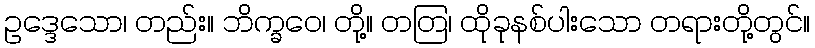
ဥဒ္ဒေသော၊ တည်း။ ဘိက္ခဝေ၊ တို့။ တတြ၊ ထိုခုနစ်ပါးသော တရားတို့တွင်။